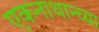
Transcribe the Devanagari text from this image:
एकनाथान्च्या